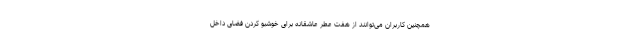
همچنین کاربران می‌توانند از هفت عطر عاشقانه برای خوشبو کردن فضای داخل